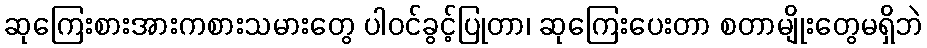
ဆုကြေးစားအားကစားသမားတွေ ပါဝင်ခွင့်ပြုတာ၊ ဆုကြေးပေးတာ စတာမျိုးတွေမရှိဘဲ